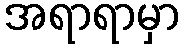
အရာရာမှာ